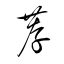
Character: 荐